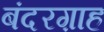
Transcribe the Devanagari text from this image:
बंदरग़ाह